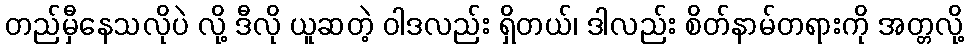
တည်မှီနေသလိုပဲ လို့ ဒီလို ယူဆတဲ့ ဝါဒလည်း ရှိတယ်၊ ဒါလည်း စိတ်နာမ်တရားကို အတ္တလို့